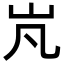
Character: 㞩